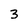
Character: 3